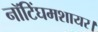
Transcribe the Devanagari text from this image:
नॉटिंघमशायर।